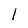
Character: l